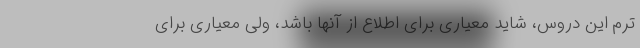
ترم این دروس، شاید معیاری برای اطلاع از آنها باشد، ولی معیاری برای